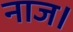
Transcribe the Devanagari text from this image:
नाज।